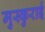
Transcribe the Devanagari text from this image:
मुस्कुराई